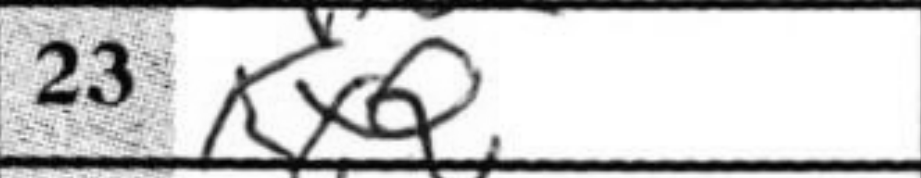
Transcription: KxQ